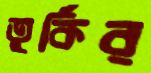
তুর্কির